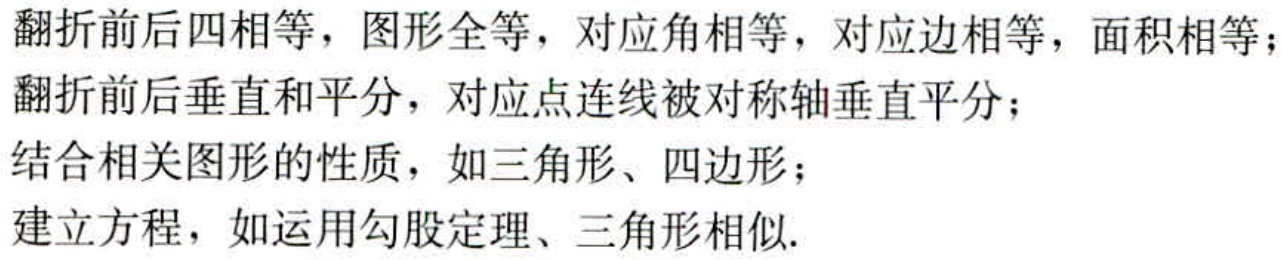
翻折前后四相等，图形全等，对应角相等，对应边相等，面积相等；
翻折前后垂直和平分，对应点连线被对称轴垂直平分；
结合相关图形的性质，如三角形、四边形；
建立方程，如运用勾股定理、三角形相似.